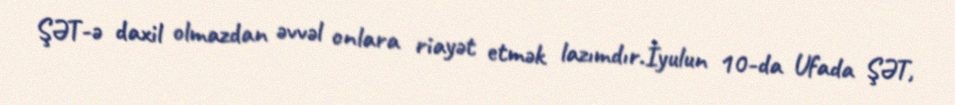
ŞƏT-ə daxil olmazdan əvvəl onlara riayət etmək lazımdır.İyulun 10-da Ufada ŞƏT,